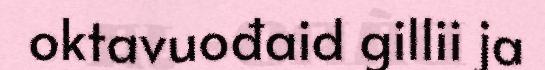
oktavuođaid gillii ja